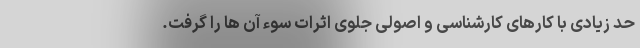
حد زیادی با کارهای کارشناسی و اصولی جلوی اثرات سوء آن ها را گرفت.